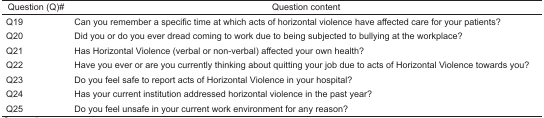
<table><thead><tr><td><b>Question (Q)#</b></td><td><b>Question content</b></td></tr></thead><tbody><tr><td>Q19</td><td>Can you remember a specific time at which acts of horizontal violence have affected care for your patients?</td></tr><tr><td>Q20</td><td>Did you or do you ever dread coming to work due to being subjected to bullying at the workplace?</td></tr><tr><td>Q21</td><td>Has Horizontal Violence (verbal or non-verbal) affected your own health?</td></tr><tr><td>Q22</td><td>Have you ever or are you currently thinking about quitting your job due to acts of Horizontal Violence towards you?</td></tr><tr><td>Q23</td><td>Do you feel safe to report acts of Horizontal Violence in your hospital?</td></tr><tr><td>Q24</td><td>Has your current institution addressed horizontal violence in the past year?</td></tr><tr><td>Q25</td><td>Do you feel unsafe in your current work environment for any reason?</td></tr></tbody></table>